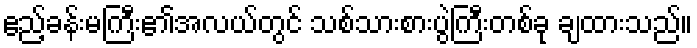
ဧည့်ခန်းမကြီး၏အလယ်တွင် သစ်သားစားပွဲကြီးတစ်ခု ချထားသည်။